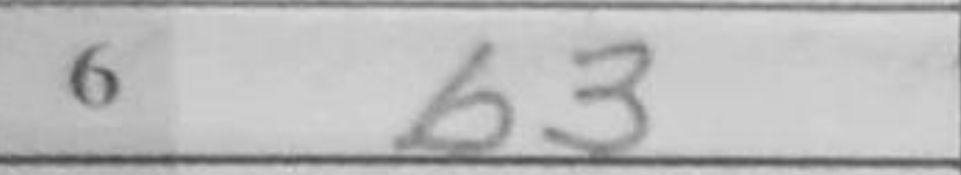
Transcription: b3